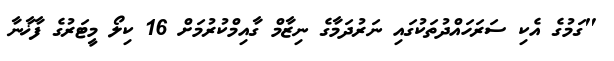
"ގަމުގެ އެކި ސަރަހައްދުތަކުގައި ނަރުދަމާގެ ނިޒާމް ގާއިމްކުރުމަށް 16 ކިލޯ މީޓަރުގެ ފާޚާނާ